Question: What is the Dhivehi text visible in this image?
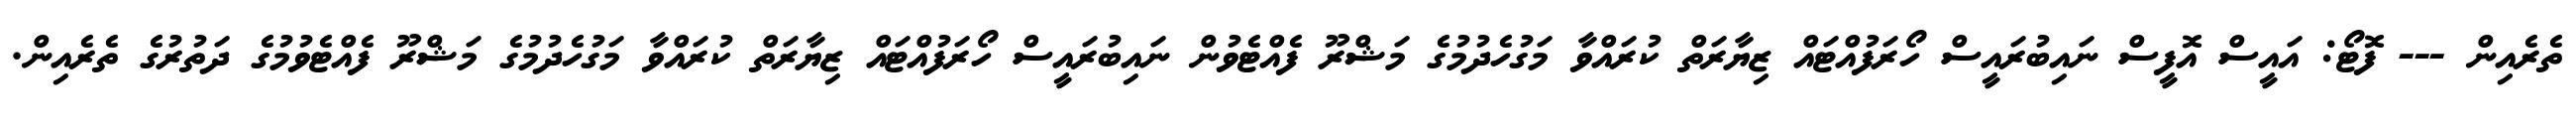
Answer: ތެރެއިން --- ފޮޓޯ: އައީސް އޮފީސް ނައިބުރައީސް ހޯރަފުއްޓައް ޒިޔާރަތް ކުރައްވާ މަގުހެދުމުގެ މަޝްރޫ ފެއްޓެވުން ނައިބުރައީސް ހޯރަފުއްޓައް ޒިޔާރަތް ކުރައްވާ މަގުހެދުމުގެ މަޝްރޫ ފެއްޓެވުމުގެ ދަތުރުގެ ތެރެއިން.